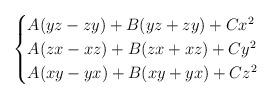
LaTeX: \begin{align*}\begin{cases}A(yz-zy) + B (yz+zy) + C x^2 \\A(zx-xz) + B (zx+xz) + C y^2 \\A(xy-yx) + B (xy+yx) + C z^2\end{cases}\end{align*}